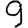
Digit: 9